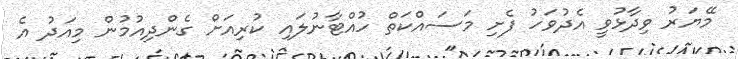
މޭޔަރު ވިދާޅުވީ އެދުވަހު ފެށި މަސައްކަތް ހުއްޓާނުލައި ކުރިއަށް ގެންދިއުމުން މިއަދު އެ